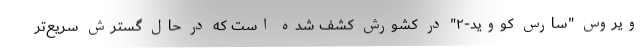
ویروس "سارس کووید-۲" در کشورش کشف شده است که در حال گسترش سریع‌تر